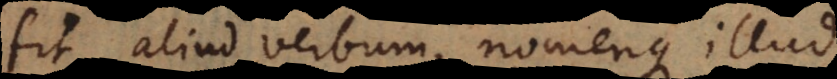
fit aliud verbum, nomenque illud